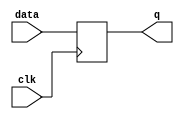
module behavioral_register (
    input wire data,
    input wire clk,
    output reg q
);

always @(posedge clk) begin
    q <= data;
end

endmodule